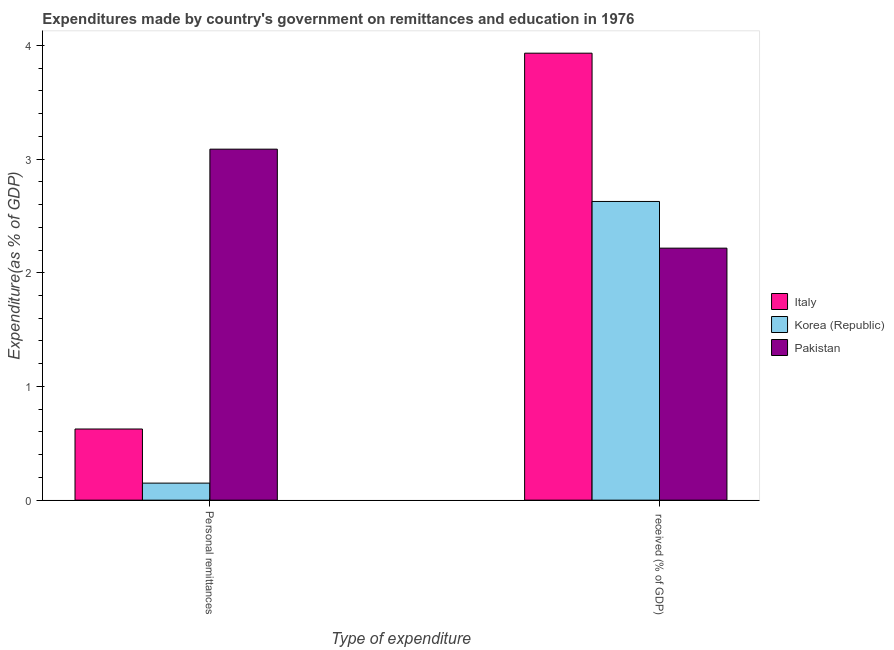
| Type of expenditure | Italy | Korea (Republic) | Pakistan |
 | --- | --- | --- | --- |
 | Personal remittances | 0.626 | 0.15 | 3.09 |
 |  received (% of GDP) | 3.93 | 2.63 | 2.22 |